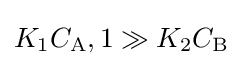
K_{1}C_{\mathrm {A} },1\gg K_{2}C_{\mathrm {B} }